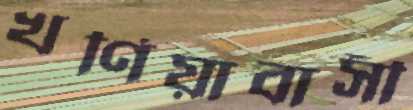
খর্ণিয়াবাসী